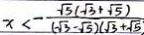
x < - \frac { \sqrt { 5 } ( \sqrt { 3 } + \sqrt { 5 } ) } { ( \sqrt { 3 } - \sqrt { 5 } ) ( \sqrt { 3 } + \sqrt { 5 } }